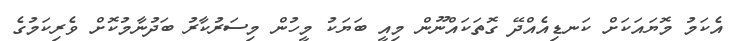
އެކަމު މޮޔައަކަށް ކަނޑިއެއްދޭ ގޮތަކައްނޫން މިއީ ބަޔަކު މީހުން މިސަރުކާރު ބަދުނާމުކޮށް ވެރިކަމުގެ